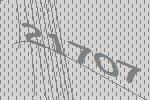
21707